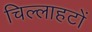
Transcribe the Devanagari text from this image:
चिल्लाहटों